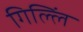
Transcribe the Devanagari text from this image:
गिल्लिं